Indian journal of veterinary science and animal husbandry - Volume 5,
Year: 1935
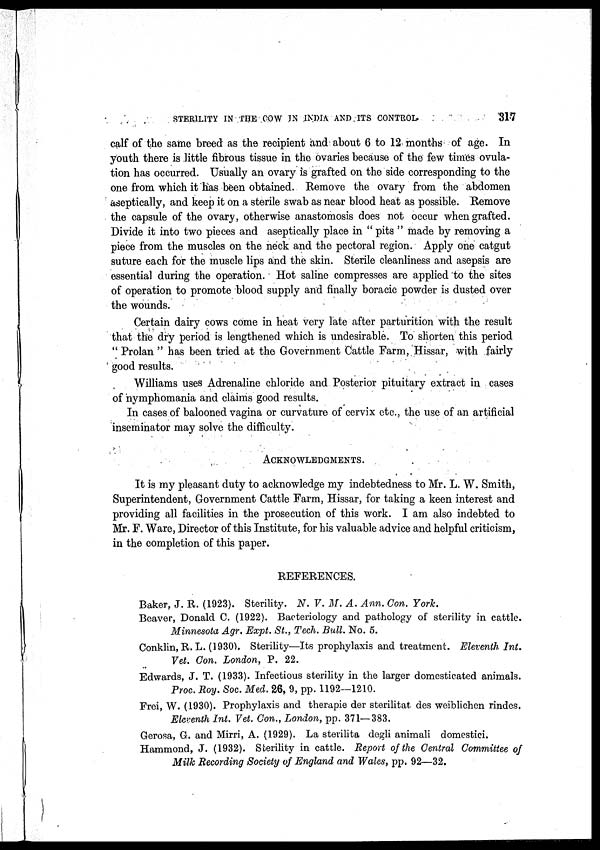
STERILITY IN THE COW IN INDIA AND ITS CONTROL.
317
calf of the same breed as the recipient and about 6 to 12 months of age. In
youth there is little fibrous tissue in the ovaries because of the few times ovula-
tion has occurred. Usually an ovary is grafted on the side corresponding to the
one from which it has been obtained. Remove the ovary from the abdomen
aseptically, and keep it on a sterile swab as near blood heat as possible. Remove
the capsule of the ovary, otherwise anastomosis does not occur when grafted.
Divide it into two pieces and aseptically place in " pits " made by removing a
piece from the muscles on the neck and the pectoral region. Apply one catgut
suture each for the muscle lips and the skin. Sterile cleanliness and asepsis are
essential during the operation. Hot saline compresses are applied to the sites
of operation to promote blood supply and finally boracic powder is dusted over
the wounds.
Certain dairy cows come in heat very late after parturition with the result
that the dry period is lengthened which is undesirable. To shorten this period
" Prolan " has been tried at the Government Cattle Farm, Hissar, with fairly
good results.
Williams uses Adrenaline chloride and Posterior pituitary extract in cases
of nymphomania and claims good results.
In cases of balooned vagina or curvature of cervix etc., the use of an artificial
inseminator may solve the difficulty.
ACKNOWLEDGMENTS.
It is my pleasant duty to acknowledge my indebtedness to Mr. L. W. Smith,
Superintendent, Government Cattle Farm, Hissar, for taking a keen interest and
providing all facilities in the prosecution of this work. I am also indebted to
Mr. F. Ware, Director of this Institute, for his valuable advice and helpful criticism,
in the completion of this paper.
REFERENCES.
Baker, J. R. (1923). Sterility. N. V. M. A. Ann. Con. York.
Beaver, Donald C. (1922). Bacteriology and pathology of sterility in cattle.
Minnesota Agr. Expt. St., Tech. Bull. No. 5.
Conklin, R. L. (1930). Sterility—Its prophylaxis and treatment. Eleventh Int.
Vet. Con. London, P. 22.
Edwards, J. T. (1933). Infectious sterility in the larger domesticated animals.
Proc. Roy. Soc. Med. 26, 9, pp. 1192—1210.
Frei, W. (1930). Prophylaxis and therapie der sterilitat des weiblichen rindes.
Eleventh Int. Vet. Con., London, pp. 371—383.
Gerosa, G. and Mirri, A. (1929). La sterilita degli animali domestici.
Hammond, J. (1932). Sterility in cattle. Report of the Central Committee of
Milk Recording Society of England and Wales, pp. 92—32.